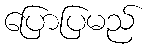
ပြောပြမည်